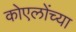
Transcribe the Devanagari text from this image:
कोएलोंच्या